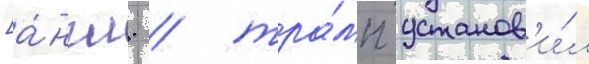
[а́нгл. / тра́мп установ'и́л